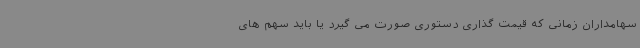
سهامداران زمانی که قیمت گذاری دستوری صورت می گیرد یا باید سهم های